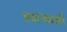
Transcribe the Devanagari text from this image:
प्रयत्‍नशक्ती